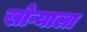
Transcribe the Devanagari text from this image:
खोऱ्याला